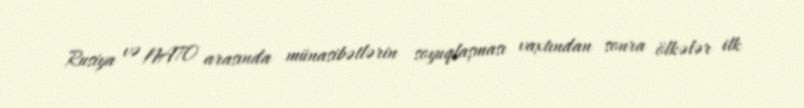
Rusiya və NATO arasında münasibətlərin soyuqlaşması vaxtından sonra ölkələr ilk